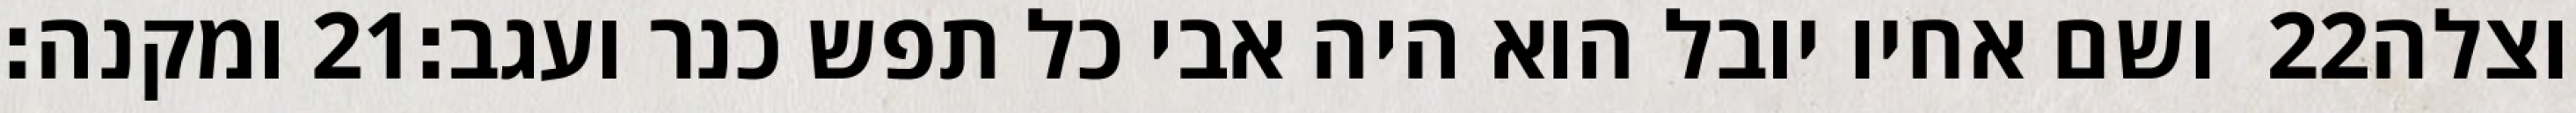
ומקנה׃ ‎21‏ ושם אחיו יובל הוא היה אבי כל תפש כנר ועגב׃ ‎22‏ וצלה